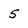
Character: 5